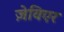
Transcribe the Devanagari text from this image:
ज़ेविएर